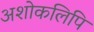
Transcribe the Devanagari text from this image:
अशोकलिपि